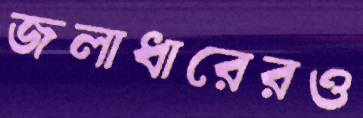
জলাধারেরও